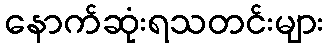
နောက်ဆုံးရသတင်းများ